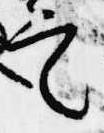
定